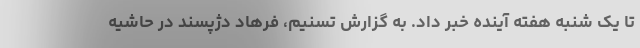
تا یک شنبه هفته آینده خبر داد. به گزارش تسنیم، فرهاد دژپسند در حاشیه